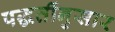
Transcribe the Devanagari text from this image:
पद्धतींनुसार